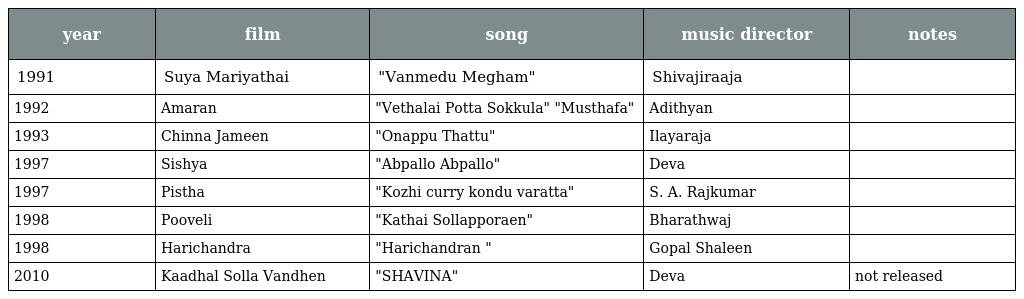
| year | film | song | music director | notes |
 | --- | --- | --- | --- | --- |
 | 1991 | Suya Mariyathai | "Vanmedu Megham" | Shivajiraaja |  |
 | 1992 | Amaran | "Vethalai Potta Sokkula" "Musthafa" | Adithyan |  |
 | 1993 | Chinna Jameen | "Onappu Thattu" | Ilayaraja |  |
 | 1997 | Sishya | "Abpallo Abpallo" | Deva |  |
 | 1997 | Pistha | "Kozhi curry kondu varatta" | S. A. Rajkumar |  |
 | 1998 | Pooveli | "Kathai Sollapporaen" | Bharathwaj |  |
 | 1998 | Harichandra | "Harichandran " | Gopal Shaleen |  |
 | 2010 | Kaadhal Solla Vandhen | "SHAVINA" | Deva | not released |